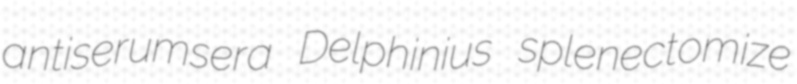
antiserumsera Delphinius splenectomize